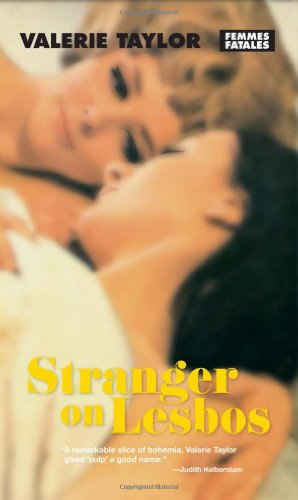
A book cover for Stranger on Lesbos (Femmes Fatales); Valerie Taylor; Romance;